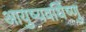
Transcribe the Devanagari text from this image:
आयुष्यवर्धिष्णु